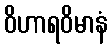
ဝိဟာရဝိမာနံ